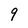
Character: 9